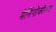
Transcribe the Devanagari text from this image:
मेनिंगोकोकस